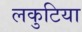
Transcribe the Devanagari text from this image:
लकुटिया